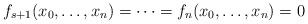
LaTeX: \begin{align*}f_{s+1}(x_0, \dots, x_n)=\dots = f_n (x_0, \dots, x_n)=0\end{align*}